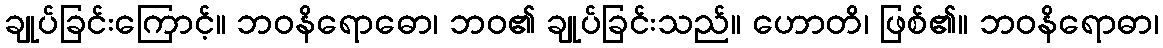
ချုပ်ခြင်းကြောင့်။ ဘဝနိရောဓော၊ ဘဝ၏ ချုပ်ခြင်းသည်။ ဟောတိ၊ ဖြစ်၏။ ဘဝနိရောဓာ၊